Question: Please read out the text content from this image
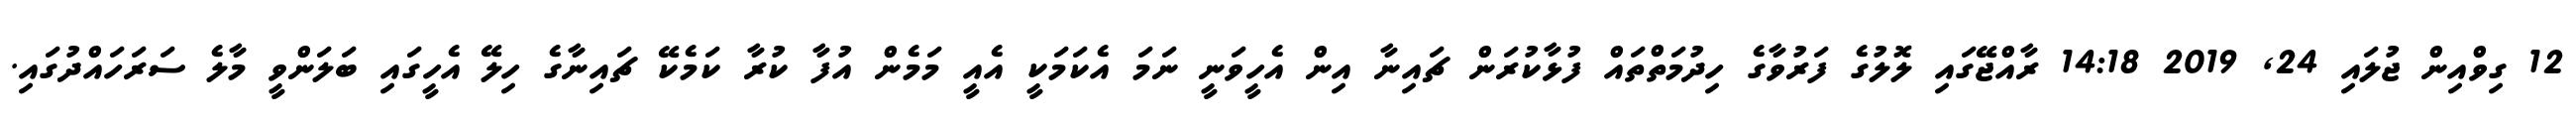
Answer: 12 ގިވްއިން ޖުލައި 24, 2019 14:18 ރާއްޖޭގައި ލޮލުގެ ފަރުވާގެ ހިދުމަތްތައް ފުޅާކުރަން ޗައިނާ އިން އެހީވަނީ ނަމަ އެކަމަކީ އެއީ މަމެން އުފާ ކުރާ ކަމެކޭ ޗައިނާގެ ހިލޭ އެހީގައި ބަލަންވީ މާލެ ސަރަހައްދުގައި.